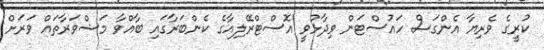
ކުރީގެ ވެރިޔާ އެންގަސް ހައުސްޓަން ވިދާޅުވީ އޮސްޓްރޭލިއާގެ ކެންބަރާގައި ބާއްވާ މަޝްވަރާތައް ވަރަށް